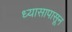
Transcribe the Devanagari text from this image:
ध्यासापासून